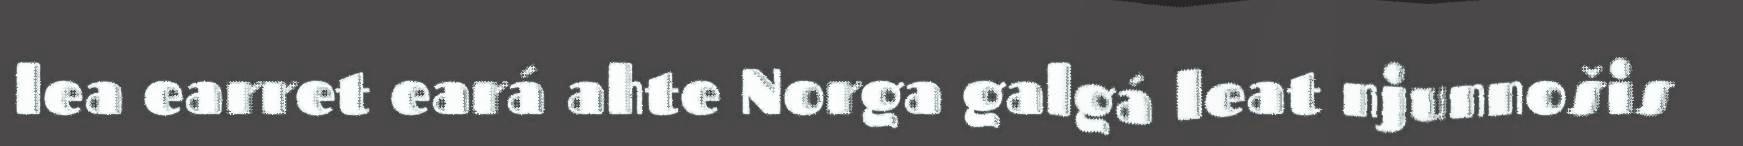
lea earret eará ahte Norga galgá leat njunnošis